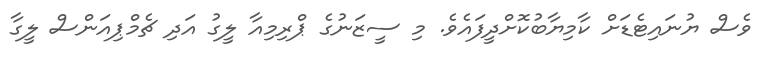
ވެސް ޔުނައިޓެޑަށް ކާމިޔާބުކޮށްދީފައެވެ. މި ސީޒަނުގެ ޕްރިމިއާ ލީގު އަދި ޗެމްޕިއަންސް ލީގާ